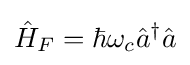
{\hat {H}}_{F}=\hbar \omega _{c}{\hat {a}}^{\dagger }{\hat {a}}